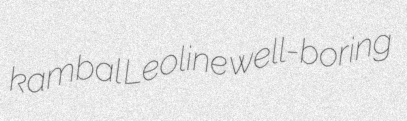
kambal Leoline well-boring